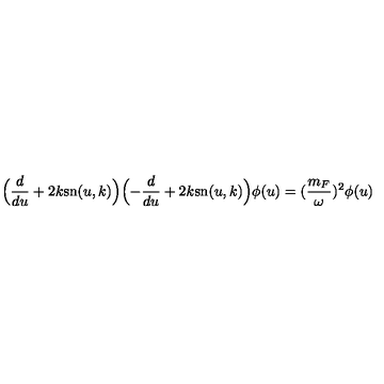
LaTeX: \Bigl ( \frac { d } { d u } + 2 k \mathrm { s n } ( u , k ) \Bigr ) \Bigl ( - \frac { d } { d u } + 2 k \mathrm { s n } ( u , k ) \Bigr ) \phi ( u ) = ( \frac { m _ { F } } { \omega } ) ^ { 2 } \phi ( u )